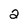
Character: 2